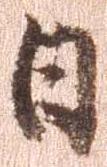
日